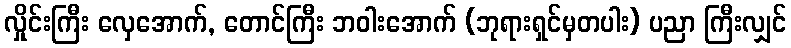
လှိုင်းကြီး လှေအောက်, တောင်ကြီး ဘဝါးအောက် (ဘုရားရှင်မှတပါး) ပညာ ကြီးလျှင်